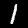
Digit: 1